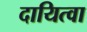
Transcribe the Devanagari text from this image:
दायित्वा